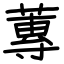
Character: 蓴